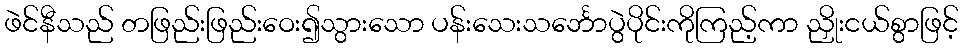
ဖဲင်နီသည် တဖြည်းဖြည်းဝေး၍သွားသော ပန်းသေးသင်္ဘောပွဲပိုင်းကိုကြည့်ကာ ညှိုးငယ်စွာဖြင့်